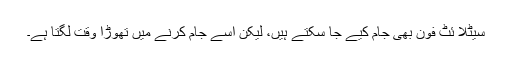
سیٹلا ئٹ فون بھی جام کیے جا سکتے ہیں، لیکن اسے جام کرنے میں تھوڑا وقت لگتا ہے۔